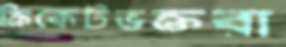
ক্রিকেটভক্তরা